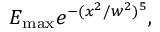
E _ { \mathrm { m a x } } e ^ { - ( x ^ { 2 } / w ^ { 2 } ) ^ { 5 } } ,